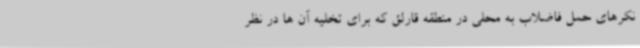
نکرهای حمل فاضلاب به محلی در منطقه قارلق که برای تخلیه آن ها در نظر